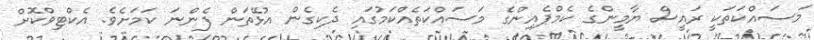
މަސައްކަތަކީ ރައީސް ޔާމީންގެ ކެމްޕެއިންގެ މަސައްކަތެއްކަމުގައި ދެކިގެން އުޅޭތަން ފެންނަ ކަމަށެވެ. އެކްޓިވްކޮށް